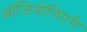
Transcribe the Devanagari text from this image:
ऑजियोलिएरी